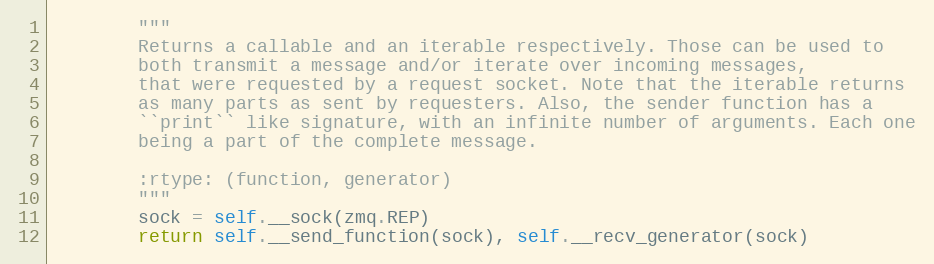
Language: Python
        """
        Returns a callable and an iterable respectively. Those can be used to
        both transmit a message and/or iterate over incoming messages,
        that were requested by a request socket. Note that the iterable returns
        as many parts as sent by requesters. Also, the sender function has a
        ``print`` like signature, with an infinite number of arguments. Each one
        being a part of the complete message.

        :rtype: (function, generator)
        """
        sock = self.__sock(zmq.REP)
        return self.__send_function(sock), self.__recv_generator(sock)